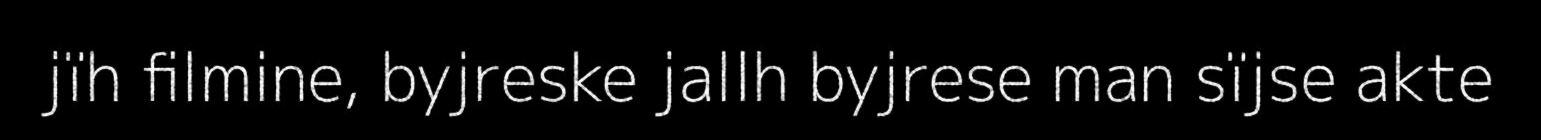
jïh filmine, byjreske jallh byjrese man sïjse akte